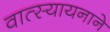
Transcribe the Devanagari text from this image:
वात्स्यायनाने